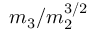
m _ { 3 } / m _ { 2 } ^ { 3 / 2 }